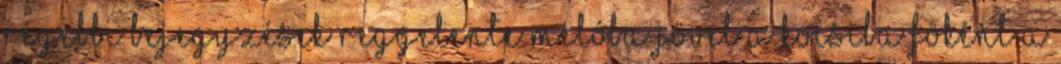
Régebbi bejegyzések Reggelente melóba jövet a kocsiba föként a